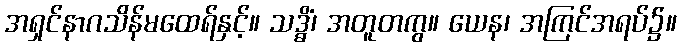
အရှင်နာဂသိန်မထေရ်နှင့်။ သဒ္ဓိံ၊ အတူတကွ။ ယေန၊ အကြင်အရပ်၌။